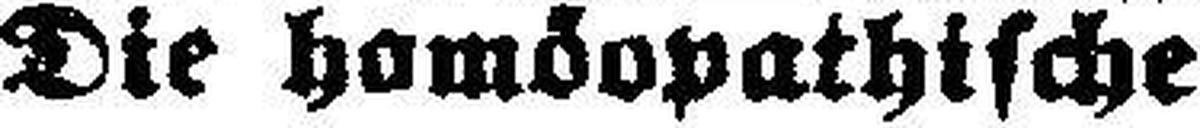
Die homöopathische